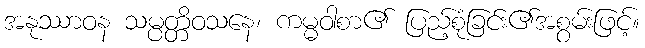
အနုဿာဝန သမ္ပတ္တိဝသနေ၊ ကမ္မဝါစာ၏ ပြည့်စုံခြင်း၏အစွမ်းဖြင့်။